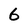
Character: 6